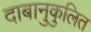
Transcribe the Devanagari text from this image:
दाबानुकुलित